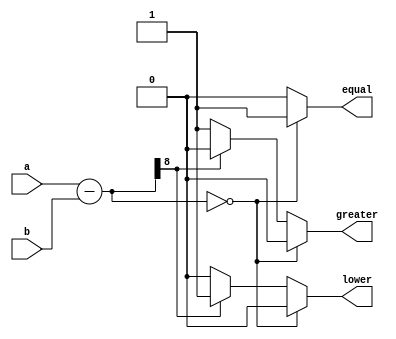
`timescale 1 ns / 1 ps 
module comparator (a, b, equal, greater, lower);

parameter WIDTH = 8;

input [WIDTH - 1:0] a, b;
output reg equal, greater, lower;
wire [WIDTH:0] tmp;

assign tmp = a - b;

always @(tmp) begin
	equal = 0;
	greater = 0;
	lower = 0;
	if(!tmp) begin
		equal = 1;
	end else if (tmp[WIDTH]) begin
		lower =1;
	end else begin
		greater = 1;
	end
end
endmodule